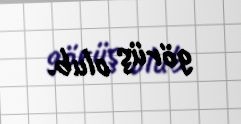
görüş olub.